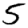
Digit: 5